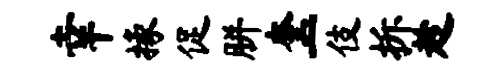
幸掾促胼奎一伎拆趁